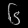
Digit: ၆